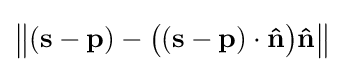
\left\|(\mathbf {s} -\mathbf {p} )-{\bigl (}(\mathbf {s} -\mathbf {p} )\cdot \mathbf {\hat {n}} {\bigr )}\mathbf {\hat {n}} \right\|